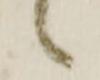
々